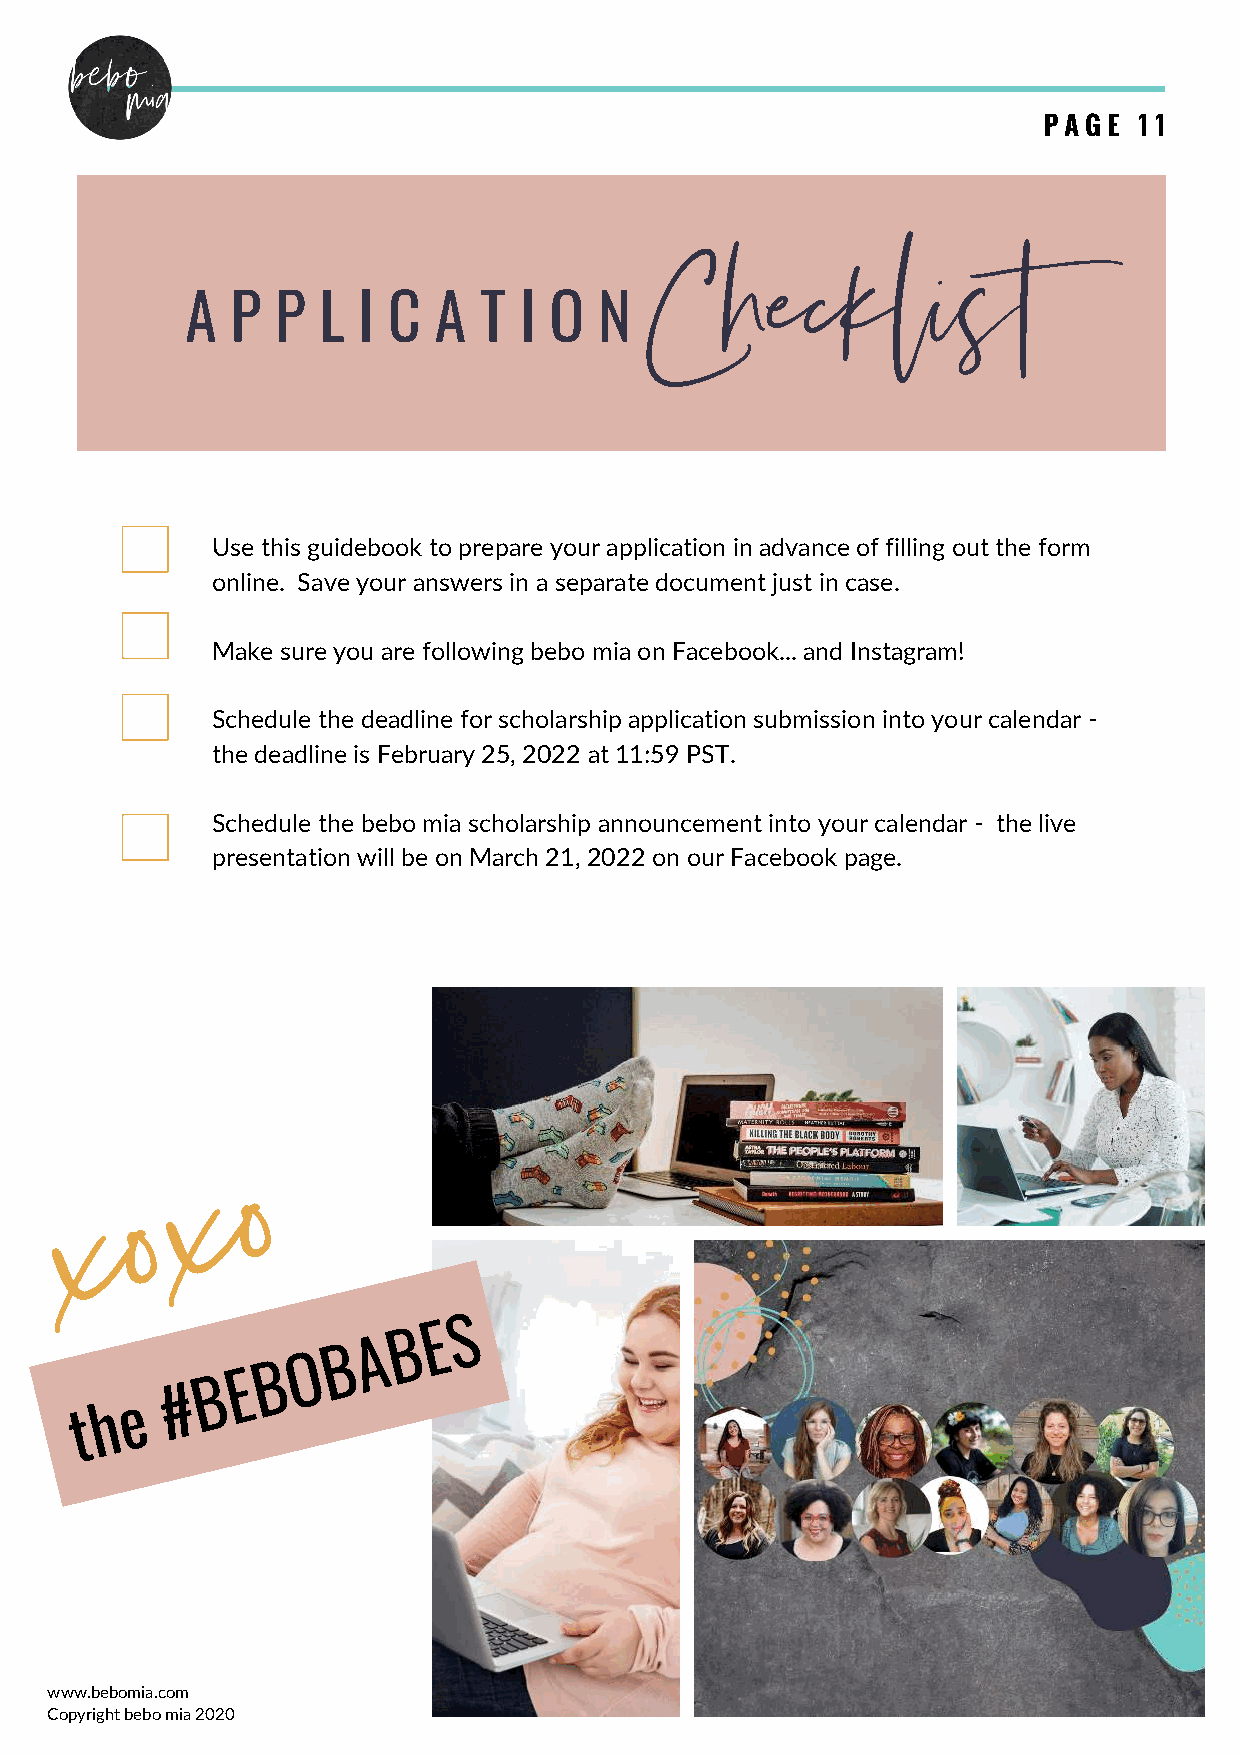
PAGE  11
 Checklist
 A  P  P  L  I C  A  T I O   N
 Use this guidebook to prepare your application in advance of filling out the form
 online. Save your answers in a separate document just in case.
 Make sure you are following bebo mia on Facebook... and Instagram!
 Schedule the deadline for scholarship application submission into your calendar -
 the deadline is February 25, 2022 at 11:59 PST.
 Schedule the bebo mia scholarship announcement into your calendar - the live
 presentation will be on March 21, 2022 on our Facebook page.
 o
 x
 o
 x
 S
 E
 B
 A
 B
 O
 B
 E
 B
 #
 e
 h
 t
 www.bebomia.com
 Copyright bebo mia 2020